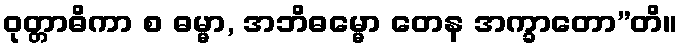
ဝုတ္တာဓိကာ စ ဓမ္မာ, အဘိဓမ္မော တေန အက္ခာတော”တိ။